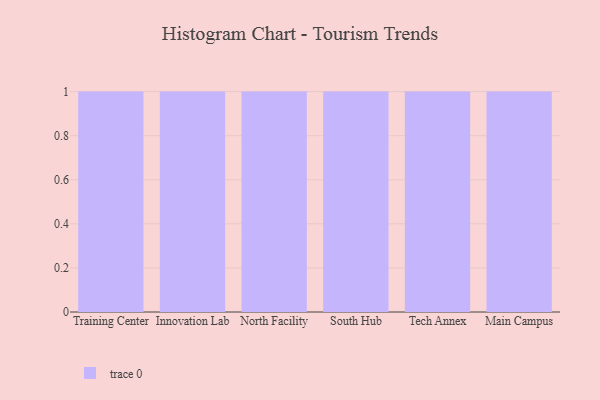
{"axis": {"x": "Campus", "y": "Market Share (%)"}, "legend": [""], "data": [{"x": "Training Center", "y": 38, "type": ""}, {"x": "Innovation Lab", "y": 11, "type": ""}, {"x": "North Facility", "y": 11, "type": ""}, {"x": "South Hub", "y": 5, "type": ""}, {"x": "Tech Annex", "y": 43, "type": ""}, {"x": "Main Campus", "y": 7, "type": ""}]}